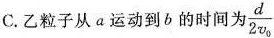
C.乙粒子从a运动到的时间为\frac{d}{2v_{0}}